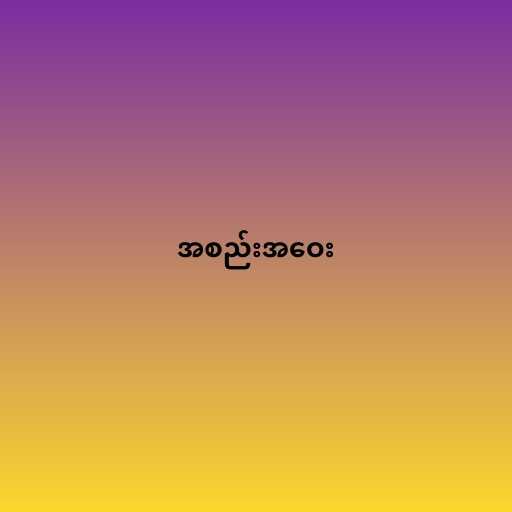
အစည်းအဝေး